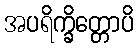
အပရိက္ခိတ္တောပိ